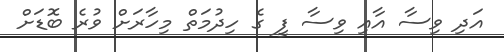
އަދި ވިސާ އާއި ވިސާ ފީ ގެ ހިދުމަތް މިހާރަށް ވުރެ ބޮޑަށް